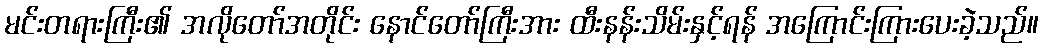
မင်းတရားကြီး၏ အလိုတော်အတိုင်း နောင်တော်ကြီးအား ထီးနန်းသိမ်းနှင့်ရန် အကြောင်းကြားပေးခဲ့သည်။